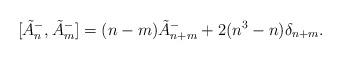
LaTeX: \begin{align*}[\tilde A^-_n, \tilde A^-_m] = (n-m)\tilde A^-_{n+m} +2(n^3-n)\delta_{n+m}.\end{align*}